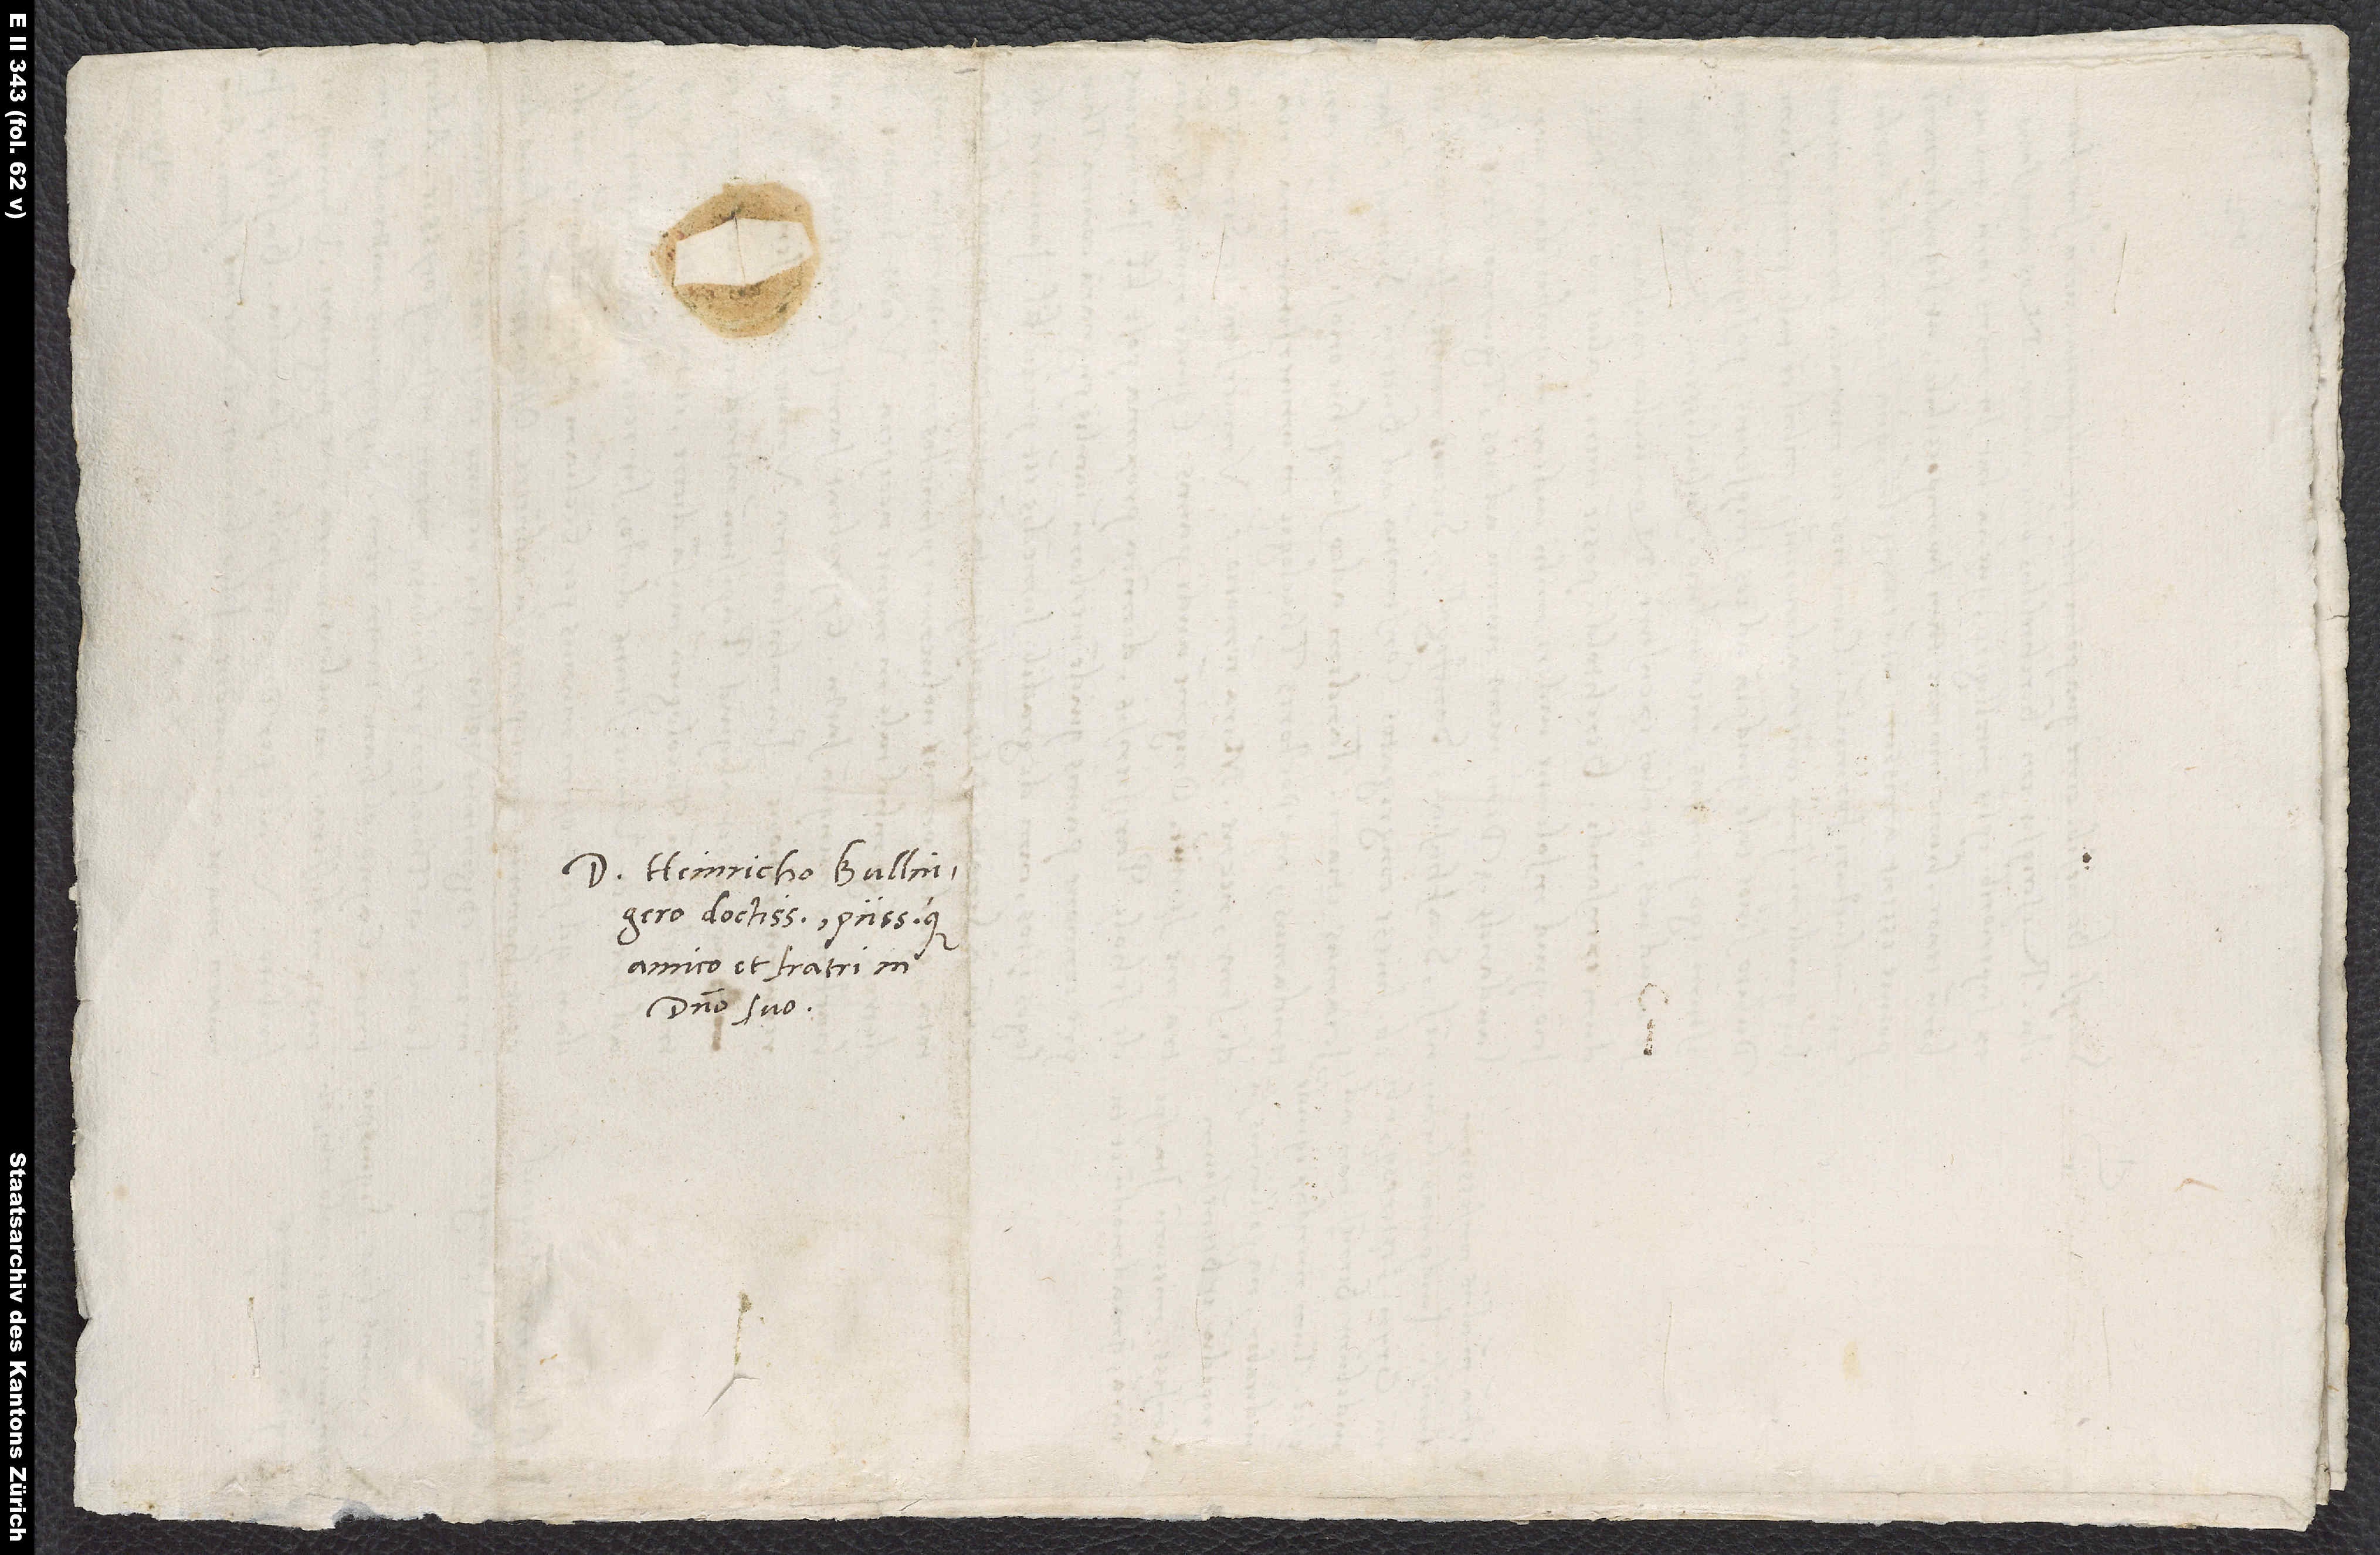
S.

Domino Heinricho Bullingero,
doctissimo piissimoque
amico et fratri in
domino suo.